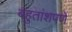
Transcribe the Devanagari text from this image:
बहुतांशपणे